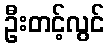
ဦးတင့်လွင်